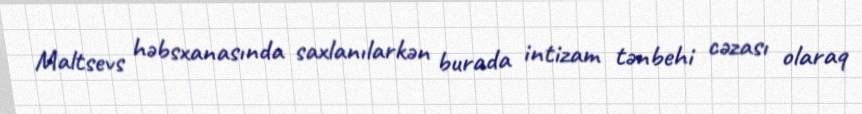
Maltsevs həbsxanasında saxlanılarkən burada intizam tənbehi cəzası olaraq